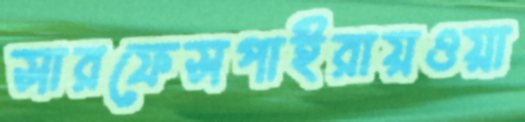
সারফেসপাইরায়ওয়া